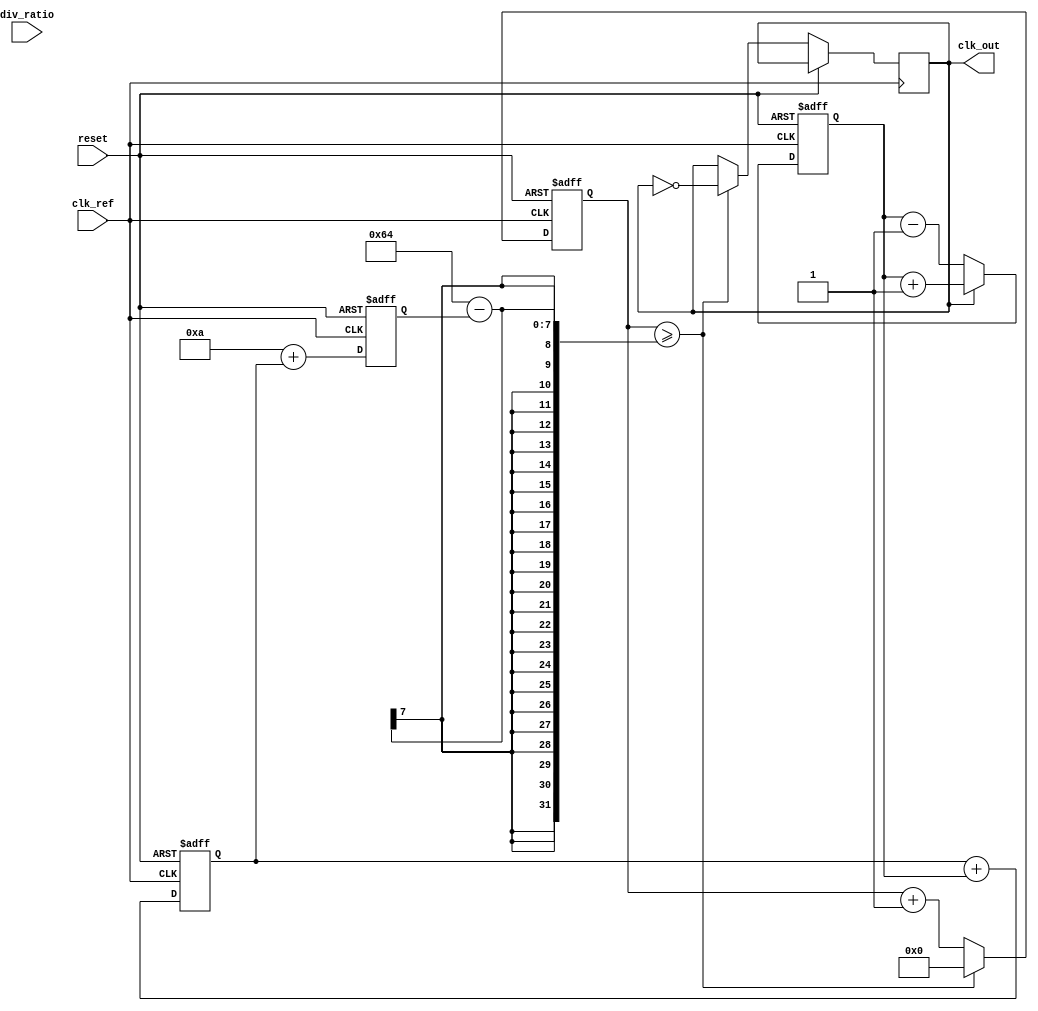
module PLL (
    input wire clk_ref,          // Reference clock input
    input wire reset,            // Reset signal
    input wire [3:0] div_ratio,  // Division ratio for feedback
    output reg clk_out           // Output clock
);

    // Parameters
    parameter N = 4;             // Number of bits for phase error
    parameter VCO_MAX_FREQ = 100; // Max frequency for VCO (in MHz)
    parameter VCO_MIN_FREQ = 10;  // Min frequency for VCO (in MHz)

    // Internal signals
    reg [N-1:0] phase_error;     // Phase error signal
    reg [N-1:0] control_voltage;  // Control voltage for VCO
    reg [N-1:0] vco_output;       // VCO output frequency
    reg [N-1:0] feedback;         // Feedback signal from divider
    reg [N-1:0] counter;          // Counter for VCO frequency generation

    // Phase Detector (PD)
    always @(posedge clk_ref or posedge reset) begin
        if (reset) begin
            phase_error <= 0;
        end else begin
            // Simple phase comparison logic (for illustration)
            if (clk_out) begin
                phase_error <= phase_error + 1; // Output is leading
            end else begin
                phase_error <= phase_error - 1; // Output is lagging
            end
        end
    end

    // Loop Filter (LF)
    always @(posedge clk_ref or posedge reset) begin
        if (reset) begin
            control_voltage <= 0;
        end else begin
            // Simple low-pass filter (for illustration)
            control_voltage <= control_voltage + phase_error; // Integrate phase error
        end
    end

    // Voltage-Controlled Oscillator (VCO)
    always @(posedge clk_ref or posedge reset) begin
        if (reset) begin
            vco_output <= VCO_MIN_FREQ;
            counter <= 0;
        end else begin
            // Adjust VCO frequency based on control voltage
            vco_output <= VCO_MIN_FREQ + control_voltage; // Simple linear adjustment
            if (counter >= (VCO_MAX_FREQ - vco_output)) begin
                clk_out <= ~clk_out; // Toggle output clock
                counter <= 0;
            end else begin
                counter <= counter + 1;
            end
        end
    end

    // Divider
    always @(posedge clk_out or posedge reset) begin
        if (reset) begin
            feedback <= 0;
        end else begin
            feedback <= feedback + 1;
            if (feedback >= div_ratio) begin
                feedback <= 0; // Reset feedback counter
            end
        end
    end

endmodule